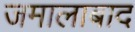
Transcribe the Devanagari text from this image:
जमालाबाद